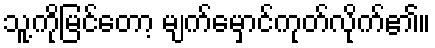
သူ့ကိုမြင်တော့ မျက်မှောင်ကုတ်လိုက်၏။